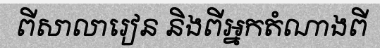
ពីសាលារៀន និងពីអ្នកតំណាងពី